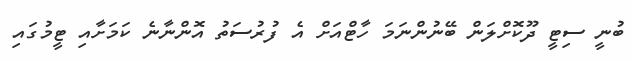
ބުނީ ސިޓީ ދޫކޮށްލަން ބޭނުންނަމަ ހާޓްއަށް އެ ފުރުސަތު އޮންނާނެ ކަމަށާއި ޓީމުގައި